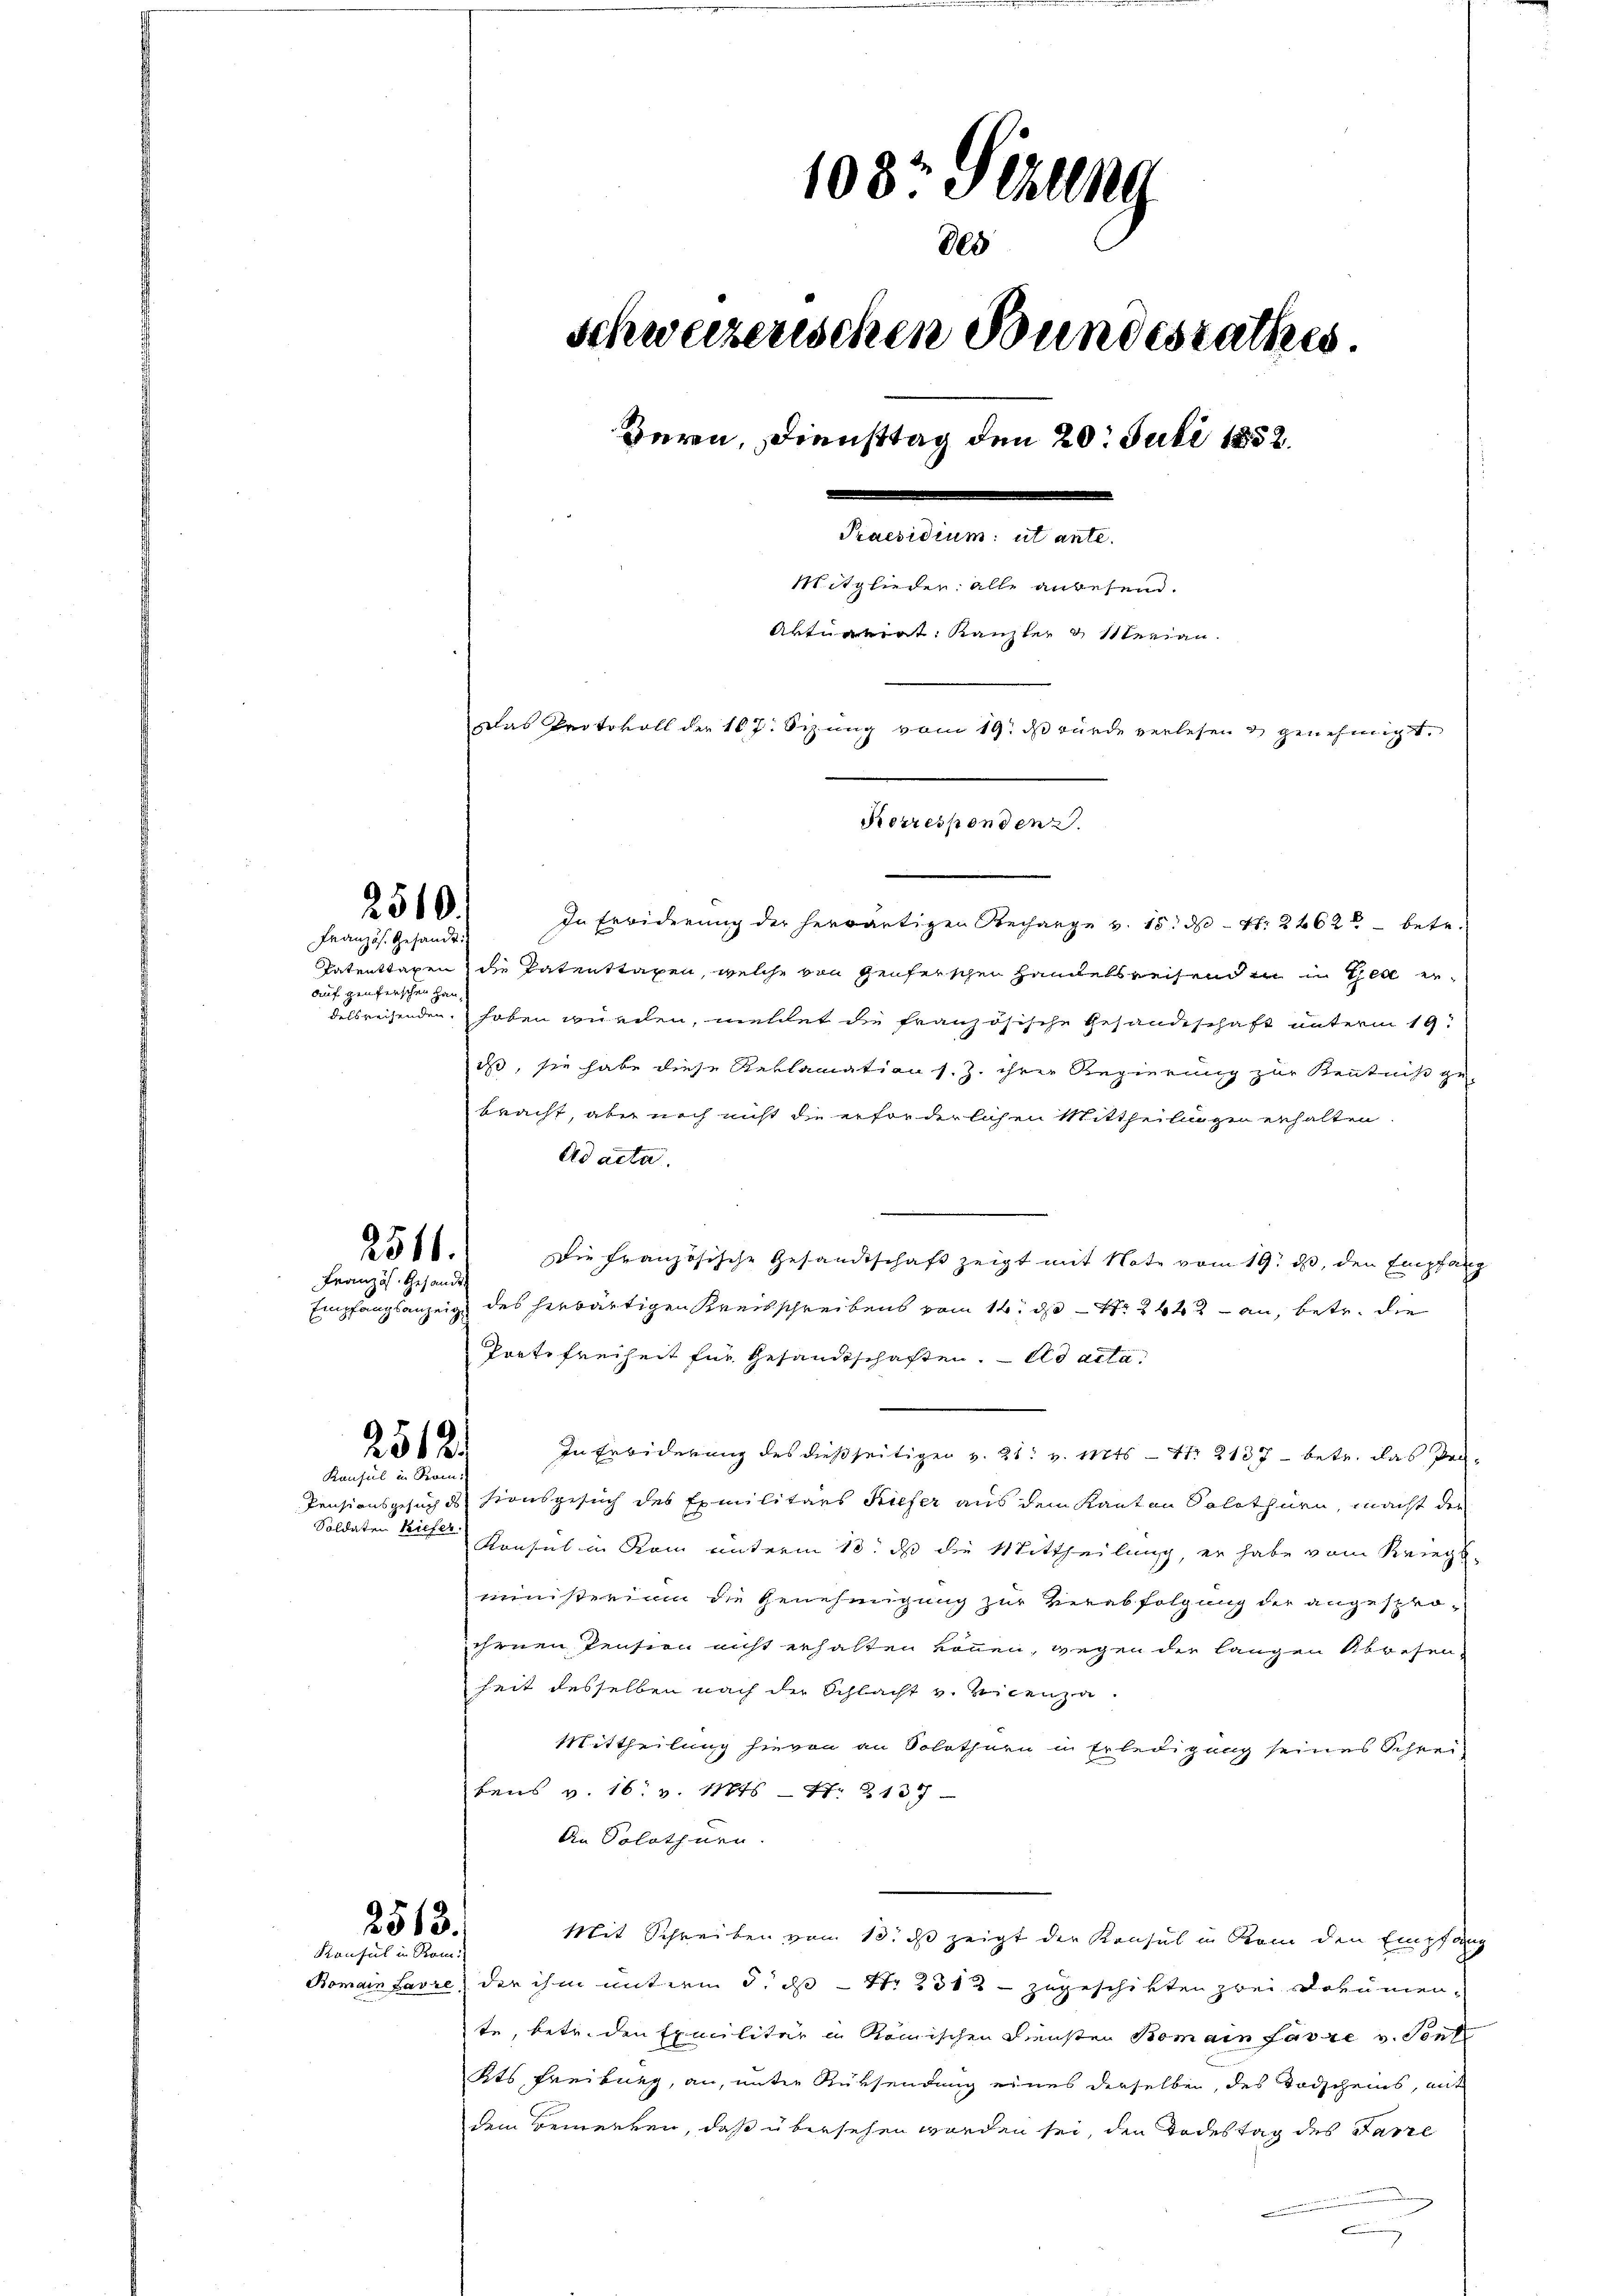
2510.

Französ. Gesandt
Tatentragen
auf genferschen Hau¬

2511.
Französ. Gesandt

2512.
Konsul in Rom.

Soldaten Kiefer.

2513.
Konsul in Rom.

1037 Sizung
805
schweizerischen Bundesrathes.
e
Mitglieden; alle angesend.
Aktuarirt: Kanzler & Sterian.
Das Protokoll der 167. Sizung vom 19. ds würde verlesen & genehmigt.
Korrespondenz.

Bern, Diensttag den 20. Juli 1852.

In Erwiderung der herwärtigen Recharge v. 15. ds Nr. 2662 betr.
die Patenttaxen, welche von Genferschen Handelsreisend er in Theil ergegenden haben würden, meldet die französische Gesandtschaft unterm 19t
is, sie habe diese Reklamation s. Z. ihrer Regierung zur Kenntniß gebracht, aber noch nicht die erforderlichen Mittheilungen erhalten.
Ad acta.
Die französische Gesandtschaft zeigt mit Note vom 19. ds, den Empfang
Empfangsanzeige des herwärtigen Kreisschreibens vom 14. d. 244 an, betr. die
Porte freiheit für Gesandtschaften. Ad acta
In Erbiderung des dießseitigen v. 21. v. Mts. — 11. 2137 betr. das De¬
Pensionsgesuch ds Stonsgesuch des Exmilitärs Kiefer aus dem Kanton Solothurn, macht der
Konsul in Rom unterm 10. ds die Mittheilung, er habe vom Kriegs-
Ministerium die Genehmigung zur Verabfolgung der angesproihrnen Pension nicht erhalten können, wegen der langen Abwesen-
heit desselben nach der Schlacht v. Vicenza.
Mittheilung hievon an Solothurn in Erledigung seines Schreibens v. 16. v. Mts. S. 2137
An Solothurn.
Mit Schreiben vom 13. ds zeigt der Konsul in Rom den Empfang
Bomain Savre, der ihm unterm 3. ds Nr 1312 – zugeschikten zwei Dokumente, betr. den Exmilitär in Römischen Diensten Bomain fasse v. Sonn
Kts Freiburg, an, unter Rüksendung eines derselben, des Todscheins, mit
dem Bemerken, daß übersehen worden sei, den Todestag des Parze